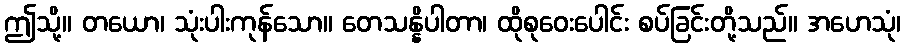
ဤသို့။ တယော၊ သုံးပါးကုန်သော။ တေသန္နိပါတာ၊ ထိုစုဝေးပေါင်း စပ်ခြင်းတို့သည်။ အဟေသုံ၊